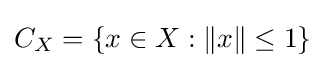
C_{X}=\{x\in X:\|x\|\leq 1\}